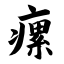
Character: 瘰